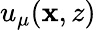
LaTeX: u_{\mu}(\mathbf{x},z)